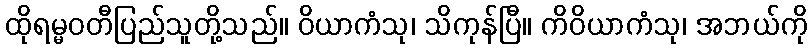
ထိုရမ္မဝတီပြည်သူတို့သည်။ ဝိယာကံသု၊ သိကုန်ပြီ။ ကိဝိယာကံသု၊ အဘယ်ကို